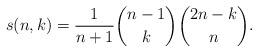
LaTeX: \begin{align*}s(n,k)=\frac{1}{n+1}{n-1 \choose k}{2n-k \choose n}.\end{align*}